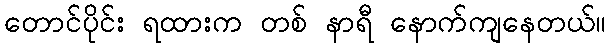
တောင်ပိုင်း ရထားက တစ် နာရီ နောက်ကျနေတယ်။